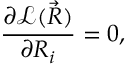
\frac { \partial \mathcal { L } ( \Vec { R } ) } { \partial R _ { i } } = 0 ,